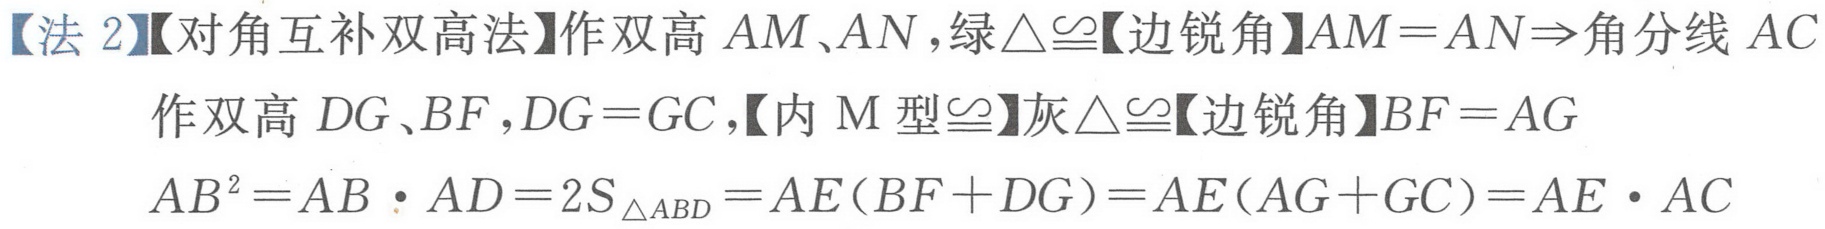
【法 2】【对角互补双高法】作双高 \(AM、AN\)，绿\(\triangle\cong\)【边锐角】\(AM = AN\Rightarrow\)角分线 \(AC\)
作双高 \(DG、BF\)，\(DG = GC\)，【内 \(\mathrm{M}\) 型\(\cong\)】灰\(\triangle\cong\)【边锐角】\(BF = AG\)
\(AB^{2}=AB\cdot AD = 2S_{\triangle ABD}=AE(BF + DG)=AE(AG + GC)=AE\cdot AC\)